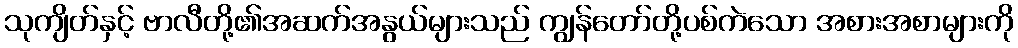
သုကျိတ်နှင့် ဗာလီတို့၏အဆက်အနွယ်များသည် ကျွန်တော်တို့ပစ်ကဲသော အစားအစာများကို